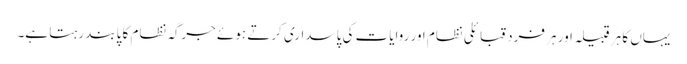
یہاں کا ہر قبیلہ اور ہر فرد قبائلی نظام اور روایات کی پاسداری کرتے ہوئے جرگہ نظام کا پابند رہتا ہے۔